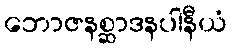
ဘောဇနစ္ဆာဒနပါနီယံ